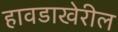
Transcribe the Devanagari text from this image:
हावडाखेरील